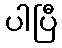
ပါပြီ